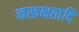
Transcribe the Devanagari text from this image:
नखक्षतादि